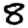
Digit: 8